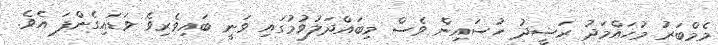
މެމްބަރު މުހައްމަދު ރަޝީދު ހުސައިން ވެސް މިބައްދަލުވުމުގައި ވަނީ ބައިވެރިވެ ވަޑައިގެންފަ އެވެ.